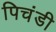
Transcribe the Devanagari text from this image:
पिचंडी